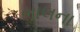
ભાલના